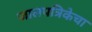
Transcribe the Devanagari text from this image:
जालपत्रिकेचा